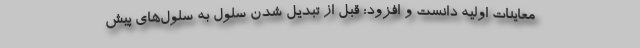
معاینات اولیه دانست و افزود: قبل از تبدیل شدن سلول به سلول‌های پیش